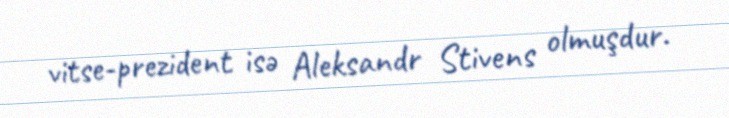
vitse-prezident isə Aleksandr Stivens olmuşdur.